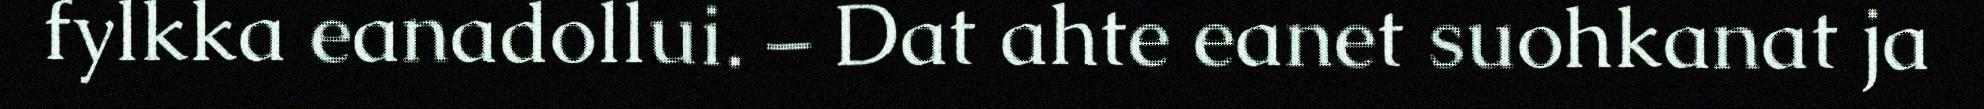
fylkka eanadollui. – Dat ahte eanet suohkanat ja